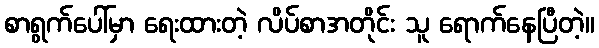
စာရွက်ပေါ်မှာ ရေးထားတဲ့ လိပ်စာအတိုင်း သူ ရောက်နေပြီတဲ့။